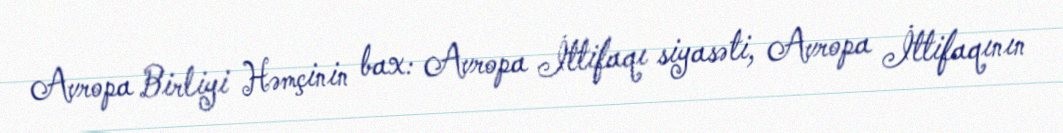
Avropa Birliyi Həmçinin bax: Avropa İttifaqı siyasəti, Avropa İttifaqının